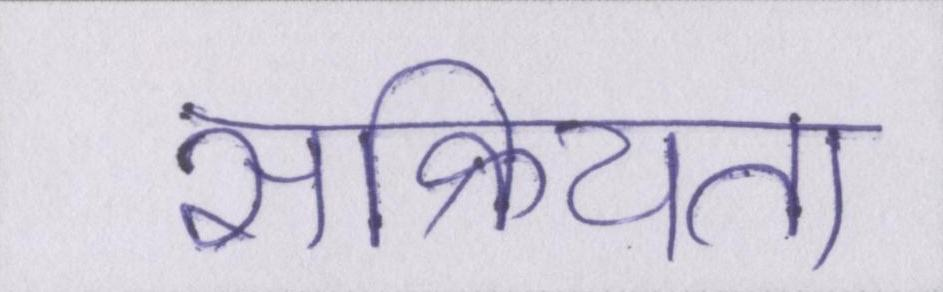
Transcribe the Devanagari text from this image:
सक्रियता